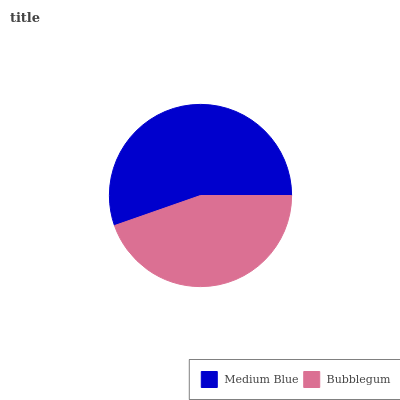
| Medium Blue | Bubblegum |
 | --- | --- |
 | 55.3% | 44.7% |